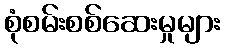
စုံစမ်းစစ်ဆေးမှုများ